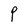
Character: P